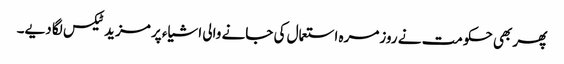
پھر بھی حکومت نے روزمرہ استعمال کی جانے والی اشیاء پر مزید ٹیکس لگا دیے۔